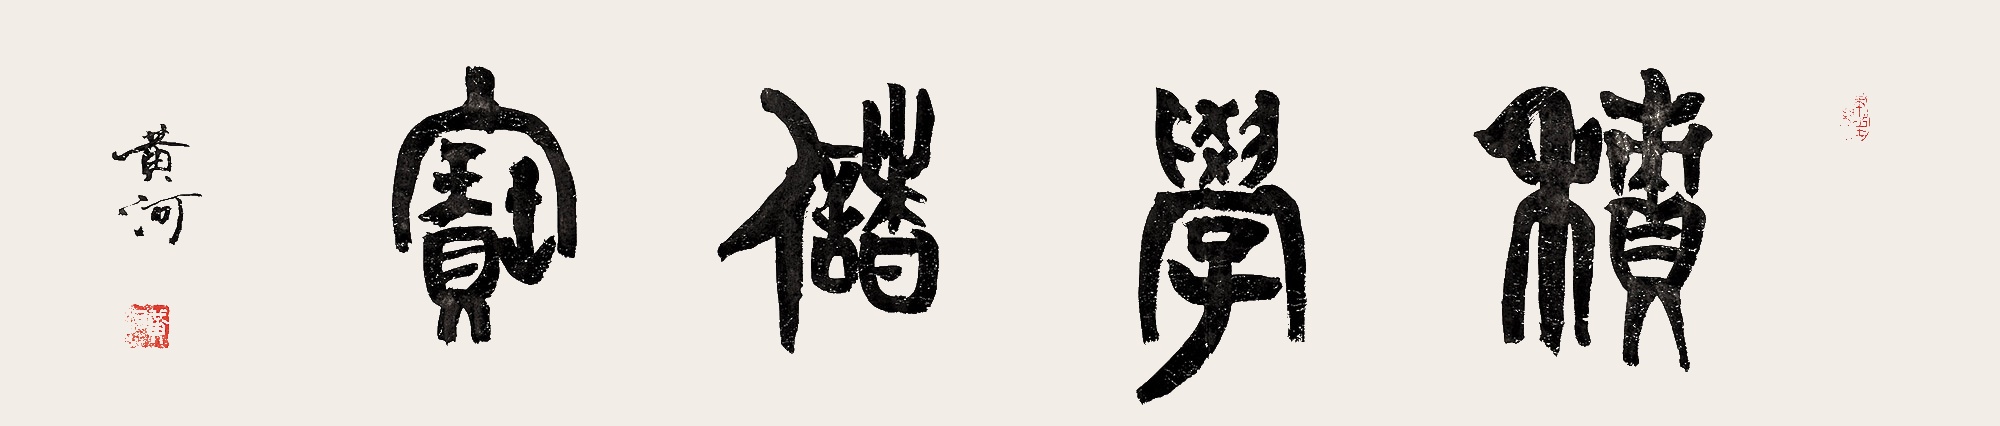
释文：积学储宝黄河